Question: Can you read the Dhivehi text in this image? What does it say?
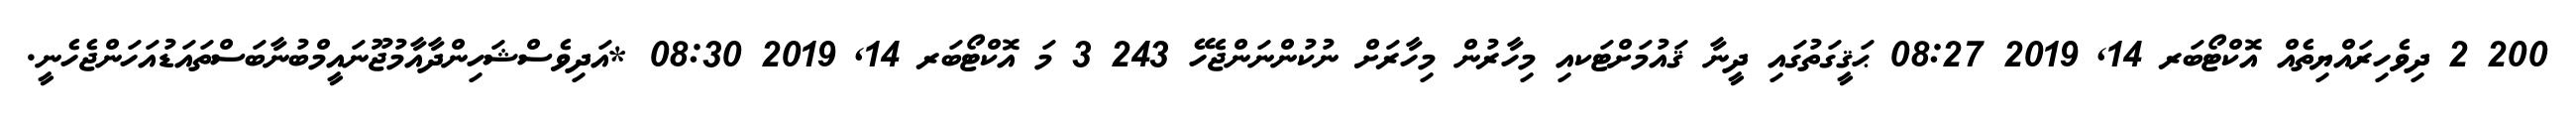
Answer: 200 2 ދިވެހިރައްޔިތެއް އޮކްޓޯބަރ 14, 2019 08:27 ޙަޤީގަތުގައި ދީނާ ޤައުމަށްޓަކއި މިހާރުން މިހާރަށް ނުކުންނަންޖެހޭ 243 3 މަ އޮކްޓޯބަރ 14, 2019 08:30 *އަދިވެސްޝަހިންދާއާމުޖޫނައީމްބުނާބަސްތައަޑުއަހަންޖެހެނީ.